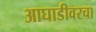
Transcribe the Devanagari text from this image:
आघाडीवरचा